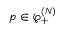
\boldsymbol { p } \in { \wp } _ { + } ^ { ( N ) }